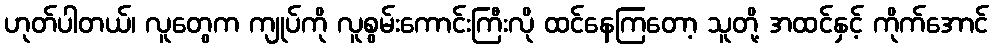
ဟုတ်ပါတယ်၊ လူတွေက ကျုပ်ကို လူစွမ်းကောင်းကြီးလို ထင်နေကြတော့ သူတို့ အထင်နှင့် ကိုက်အောင်